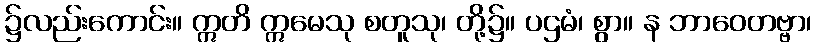
၌လည်းကောင်း။ ဣတိ ဣမေသု စတူသု၊ တို့၌။ ပဌမံ၊ စွာ။ န ဘာဝေတဗ္ဗာ၊